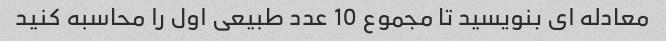
معادله ای بنویسید تا مجموع 10 عدد طبیعی اول را محاسبه کنید